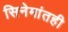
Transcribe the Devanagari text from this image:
सिनेमांतही